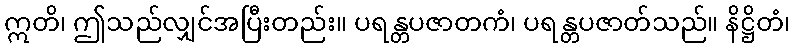
ဣတိ၊ ဤသည်လျှင်အပြီးတည်း။ ပရန္တပဇာတကံ၊ ပရန္တပဇာတ်သည်။ နိဋ္ဌိတံ၊